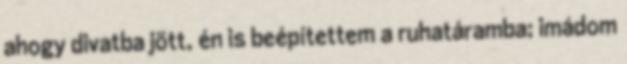
ahogy divatba jött, én is beépítettem a ruhatáramba; imádom